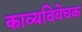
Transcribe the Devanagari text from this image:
काव्यविवेचक